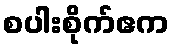
စပါးစိုက်ဧက